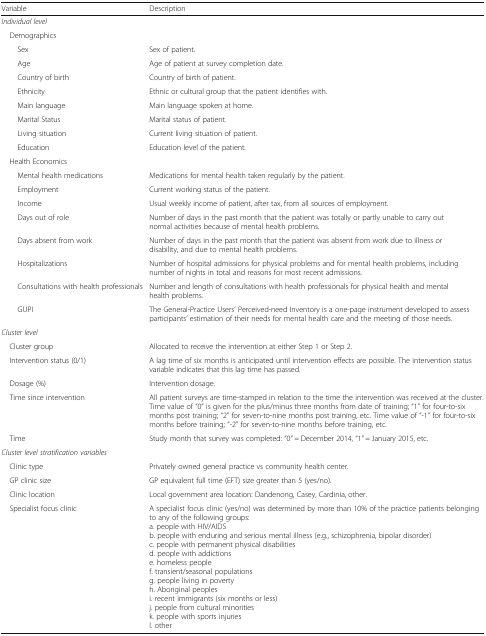
<table><thead><tr><td><b>Variable</b></td><td><b>Description</b></td></tr></thead><tbody><tr><td colspan="2"><i>Individual level</i></td></tr><tr><td colspan="2"> Demographics</td></tr><tr><td>Sex</td><td>Sex of patient.</td></tr><tr><td>Age</td><td>Age of patient at survey completion date.</td></tr><tr><td>Country of birth</td><td>Country of birth of patient.</td></tr><tr><td>Ethnicity</td><td>Ethnic or cultural group that the patient identifies with.</td></tr><tr><td>Main language</td><td>Main language spoken at home.</td></tr><tr><td>Marital Status</td><td>Marital status of patient.</td></tr><tr><td>Living situation</td><td>Current living situation of patient.</td></tr><tr><td>Education</td><td>Education level of the patient.</td></tr><tr><td colspan="2"> Health Economics</td></tr><tr><td>Mental health medications</td><td>Medications for mental health taken regularly by the patient.</td></tr><tr><td>Employment</td><td>Current working status of the patient.</td></tr><tr><td>Income</td><td>Usual weekly income of patient, after tax, from all sources of employment.</td></tr><tr><td>Days out of role</td><td>Number of days in the past month that the patient was totally or partly unable to carry out normal activities because of mental health problems.</td></tr><tr><td>Days absent from work</td><td>Number of days in the past month that the patient was absent from work due to illness or disability, and due to mental health problems.</td></tr><tr><td>Hospitalizations</td><td>Number of hospital admissions for physical problems and for mental health problems, including number of nights in total and reasons for most recent admissions.</td></tr><tr><td>Consultations with health professionals</td><td>Number and length of consultations with health professionals for physical health and mental health problems.</td></tr><tr><td>GUPI</td><td>The General-Practice Users’ Perceived-need Inventory is a one-page instrument developed to assess participants’ estimation of their needs for mental health care and the meeting of those needs.</td></tr><tr><td colspan="2"><i>Cluster level</i></td></tr><tr><td> Cluster group</td><td>Allocated to receive the intervention at either Step 1 or Step 2.</td></tr><tr><td> Intervention status (0/1)</td><td>A lag time of six months is anticipated until intervention effects are possible. The intervention status variable indicates that this lag time has passed.</td></tr><tr><td> Dosage (%)</td><td>Intervention dosage.</td></tr><tr><td> Time since intervention</td><td>All patient surveys are time-stamped in relation to the time the intervention was received at the cluster. Time value of “0” is given for the plus/minus three months from date of training; “1” for four-to-six months post training; “2” for seven-to-nine months post training, etc. Time value of “-1” for four-to-six months before training; “-2” for seven-to-nine months before training, etc.</td></tr><tr><td> Time</td><td>Study month that survey was completed: “0” = December 2014, “1” = January 2015, etc.</td></tr><tr><td colspan="2"><i>Cluster level stratification variables</i></td></tr><tr><td> Clinic type</td><td>Privately owned general practice vs community health center.</td></tr><tr><td> GP clinic size</td><td>GP equivalent full time (EFT) size greater than 5 (yes/no).</td></tr><tr><td> Clinic location</td><td>Local government area location: Dandenong, Casey, Cardinia, other.</td></tr><tr><td> Specialist focus clinic</td><td>A specialist focus clinic (yes/no) was determined by more than 10% of the practice patients belonging to any of the following groups:a. people with HIV/AIDSb. people with enduring and serious mental illness (e.g., schizophrenia, bipolar disorder)c. people with permanent physical disabilitiesd. people with addictionse. homeless peoplef. transient/seasonal populationsg. people living in povertyh. Aboriginal peoplesi. recent immigrants (six months or less)j. people from cultural minoritiesk. people with sports injuriesl. other</td></tr></tbody></table>